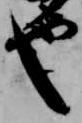
也